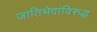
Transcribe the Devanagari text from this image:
जातिभेदांविरुद्ध